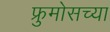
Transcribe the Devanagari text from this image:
फ्रुमोसच्या